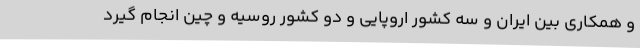
و همکاری بین ایران و سه کشور اروپایی و دو کشور روسیه و چین انجام گیرد